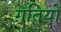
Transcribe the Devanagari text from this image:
ग़तियों